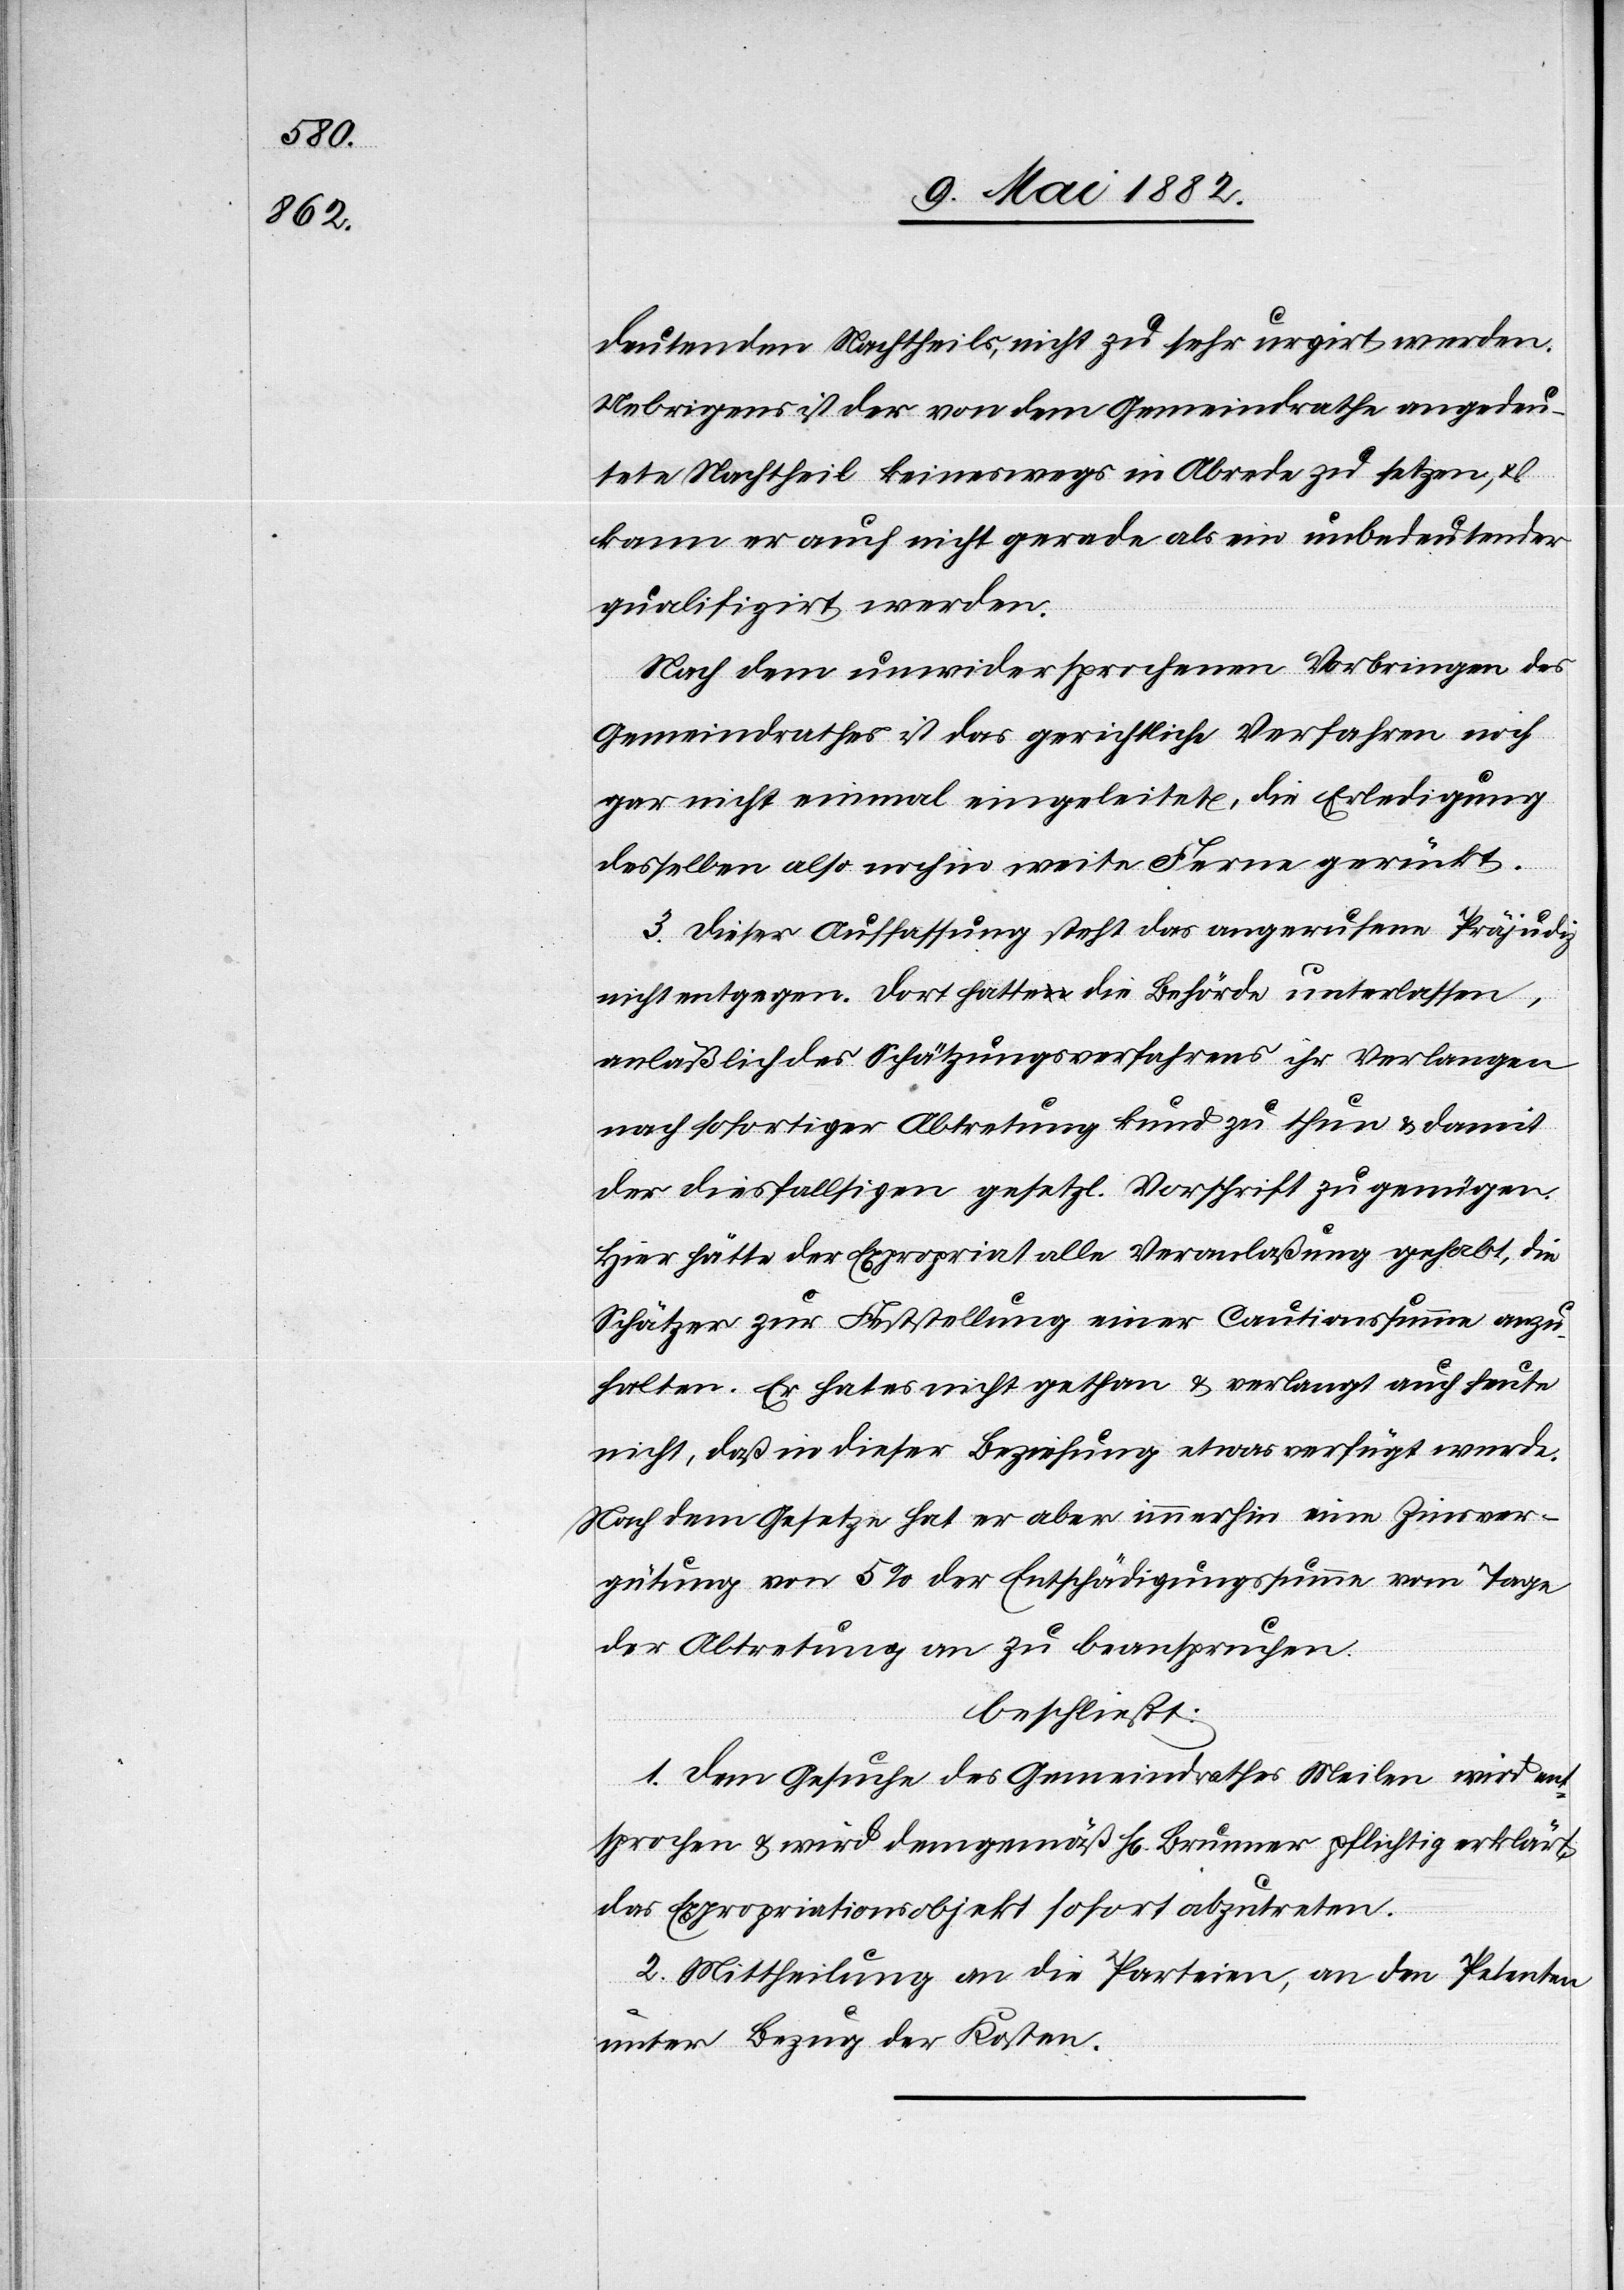
deutenden Nachtheils, nicht zu sehr urgirt werden.
Uebrigens ist der von dem Gemeindrathe angedeu¬
tete Nachtheil keineswegs in Abrede zu setzen, &
kann er auch nicht gerade als ein unbedeutender
qualifizirt werden.
Nach dem unwidersprochenen Vorbringen des
Gemeindrathes ist das gerichtliche Verfahren noch
gar nicht einmal eingeleitet, die Erledigung
desselben also noch in weite Ferne gerückt.
3. Dieser Auffassung steht das angerufene Präjudiz
nicht entgegen. Dort hatte die Behörde unterlassen,
anläßlich des Schätzungsverfahrens ihr Verlangen
nach sofortiger Abtretung kund zu thun & damit
der diesfälligen gesetzl. Vorschrift zu genügen.
Hier hätte der Expropriat alle Veranlaßung gehabt,
Schätzer zur Feststellung einer Cautionssumme anzu¬
halten. Er hat es nicht gethan & verlangt auch heute
nicht, daß in dieser Beziehung etwas verfügt werde.
Nach dem Gesetze hat er aber immerhin eine Zinsver¬
gütung von 5% der Entschädigungssumme vom Tage
der Abtretung an zu beanspruchen.
beschließt:
1. Dem Gesuche des Gemeindrathes Meilen wird en¬
tsprochen & wird demgemäß Hr. Brunner pflichtig erklärt,
das Expropriationsobjekt abzutreten.
2. Mittheilung an die Parteien, an den Petenten
unter Bezug der Kosten.